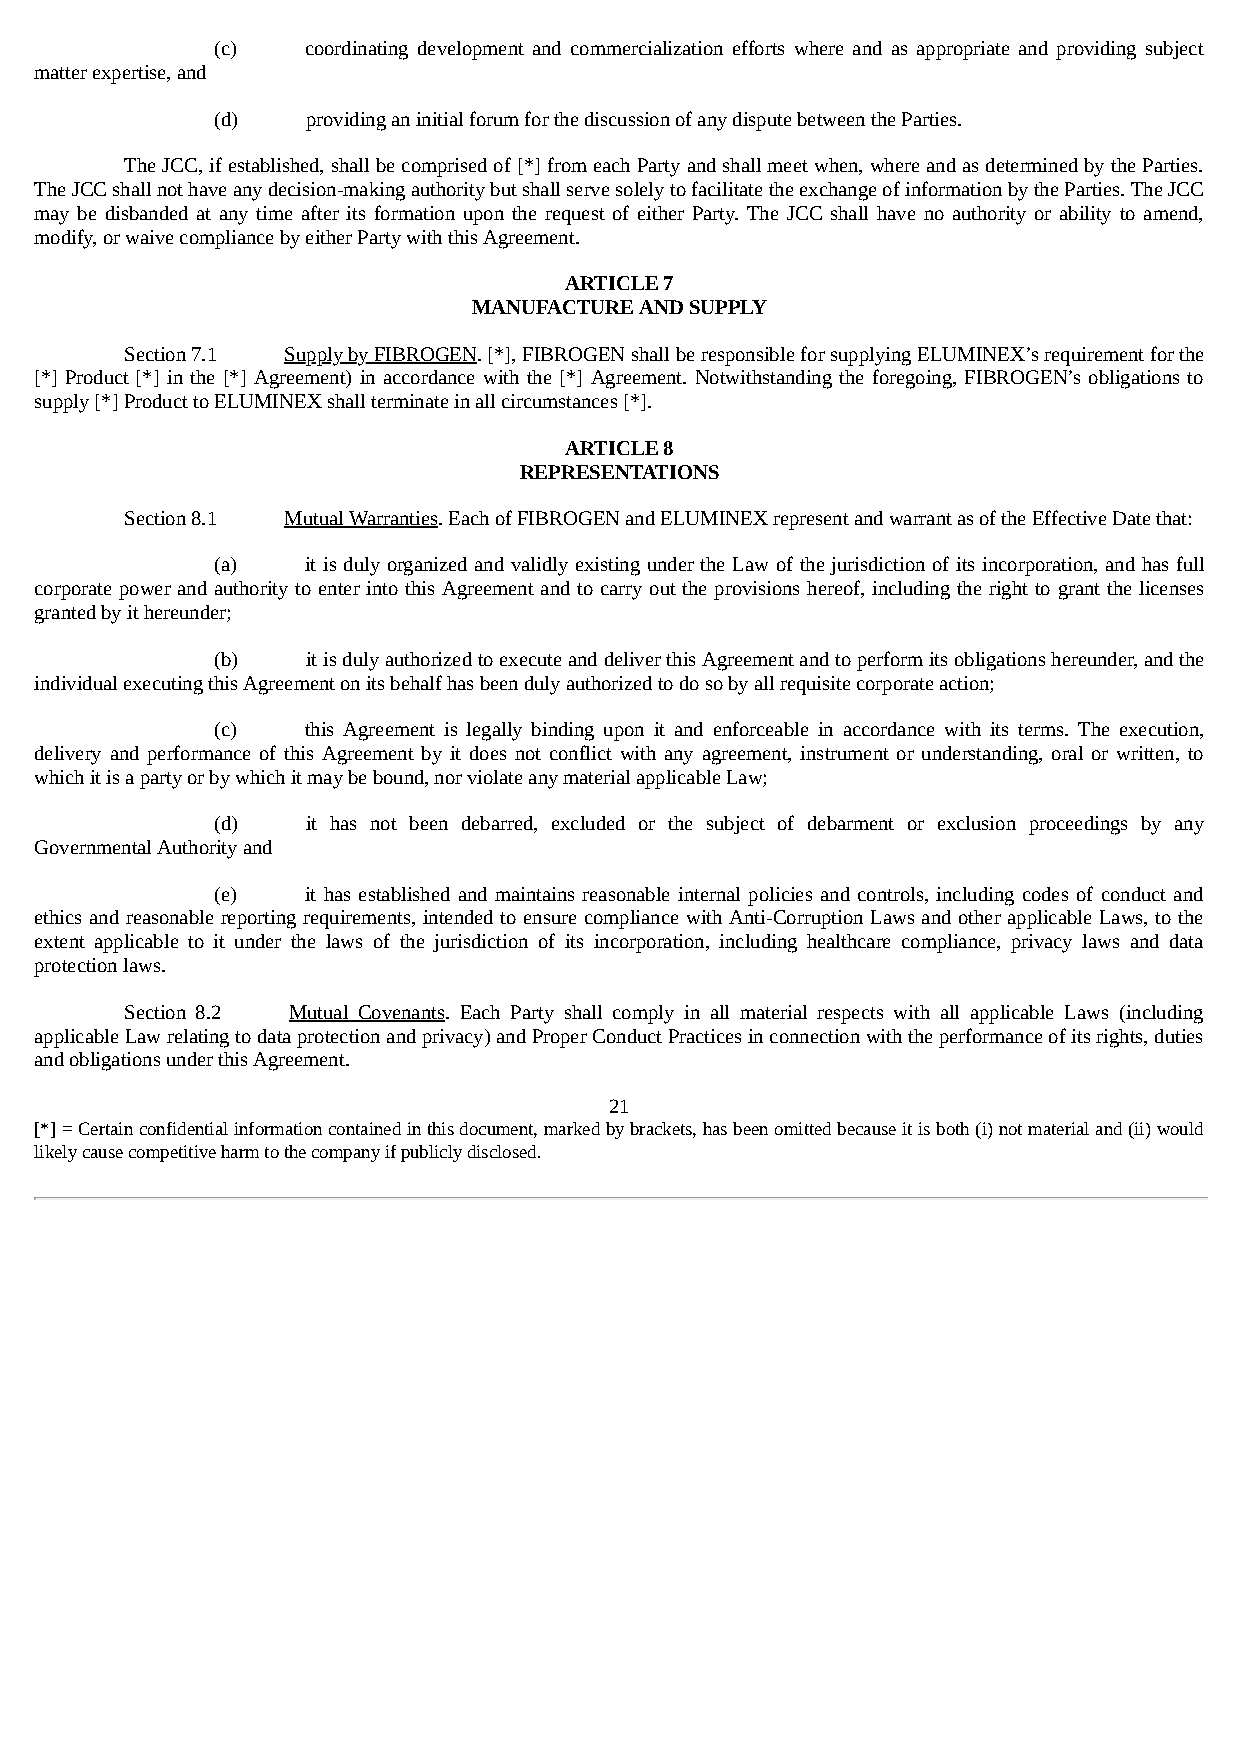
(c)   coordinating development and commercialization efforts where and as appropriate and providing subject
 matter expertise, and
 (d)   providing an initial forum for the discussion of any dispute between the Parties.
 The JCC, if established, shall be comprised of [*] from each Party and shall meet when, where and as determined by the Parties.
 The JCC shall not have any decision-making authority but shall serve solely to facilitate the exchange of information by the Parties. The JCC
 may be disbanded at any time after its formation upon the request of either Party. The JCC shall have no authority or ability to amend,
 modify, or waive compliance by either Party with this Agreement.
 ARTICLE 7
 MANUFACTURE AND SUPPLY
 Section 7.1 Supply by FIBROGEN. [*], FIBROGEN shall be responsible for supplying ELUMINEX’s requirement for the
 [*] Product [*] in the [*] Agreement) in accordance with the [*] Agreement. Notwithstanding the foregoing, FIBROGEN’s obligations to
 supply [*] Product to ELUMINEX shall terminate in all circumstances [*].
 ARTICLE 8
 REPRESENTATIONS
 Section 8.1 Mutual Warranties. Each of FIBROGEN and ELUMINEX represent and warrant as of the Effective Date that:
 (a)   it is duly organized and validly existing under the Law of the jurisdiction of its incorporation, and has full
 corporate power and authority to enter into this Agreement and to carry out the provisions hereof, including the right to grant the licenses
 granted by it hereunder;
 (b)   it is duly authorized to execute and deliver this Agreement and to perform its obligations hereunder, and the
 individual executing this Agreement on its behalf has been duly authorized to do so by all requisite corporate action;
 (c)   this Agreement is legally binding upon it and enforceable in accordance with its terms. The execution,
 delivery and performance of this Agreement by it does not conflict with any agreement, instrument or understanding, oral or written, to
 which it is a party or by which it may be bound, nor violate any material applicable Law;
 (d)   it has not been debarred, excluded or the subject of debarment or exclusion proceedings by any
 Governmental Authority and
 (e)   it has established and maintains reasonable internal policies and controls, including codes of conduct and
 ethics and reasonable reporting requirements, intended to ensure compliance with Anti-Corruption Laws and other applicable Laws, to the
 extent applicable to it under the laws of the jurisdiction of its incorporation, including healthcare compliance, privacy laws and data
 protection laws.
 Section 8.2 Mutual Covenants. Each Party shall comply in all material respects with all applicable Laws (including
 applicable Law relating to data protection and privacy) and Proper Conduct Practices in connection with the performance of its rights, duties
 and obligations under this Agreement.
 21
 [*] = Certain confidential information contained in this document, marked by brackets, has been omitted because it is both (i) not material and (ii) would
 likely cause competitive harm to the company if publicly disclosed.